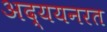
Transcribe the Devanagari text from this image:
अद्ययनरत